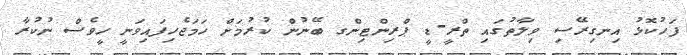
ފަހުކޮޅު އިނގިރޭސި ވިލާތުގައި ތްރީ-ޑީ ޕްރިންޓިންގ ބޭނުން ކުރުމަށް ހަމަޖެހިފައިވަނީ ހީވެސް ނުކުރާ